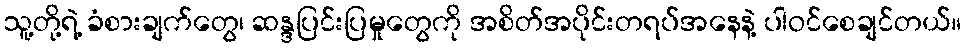
သူ့တို့ရဲ့ ခံစားချက်တွေ၊ ဆန္ဒပြင်းပြမှုတွေကို အစိတ်အပိုင်းတရပ်အနေနဲ့ ပါဝင်စေချင်တယ်။